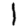
Digit: 1